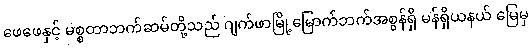
ဖေဖေနှင့် မစ္စတာဘက်ဆမ်တို့သည် ဂျက်ဖာမြို့မြောက်ဘက်အစွန်ရှိ မန်ရှိယနယ် မြေမှ